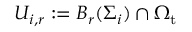
U _ { i , r } : = B _ { r } ( \Sigma _ { i } ) \cap \Omega _ { \mathrm { t } }